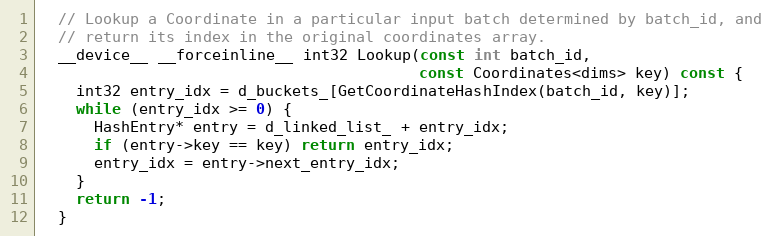
Language: C
  // Lookup a Coordinate in a particular input batch determined by batch_id, and
  // return its index in the original coordinates array.
  __device__ __forceinline__ int32 Lookup(const int batch_id,
                                          const Coordinates<dims> key) const {
    int32 entry_idx = d_buckets_[GetCoordinateHashIndex(batch_id, key)];
    while (entry_idx >= 0) {
      HashEntry* entry = d_linked_list_ + entry_idx;
      if (entry->key == key) return entry_idx;
      entry_idx = entry->next_entry_idx;
    }
    return -1;
  }